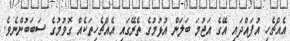
އެއްޗެހި އުފައްދައި އޭގެ އަޖުމަ ބަލަން އުޅުމުގެ ތެރޭގައި އެއްޗެހިތަކެއް ގޮވުމުގެ ސަބަބުންނެވެ.